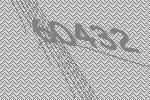
60432